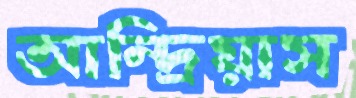
আন্দ্রিয়াস